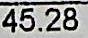
45.28